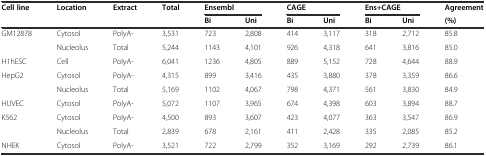
| Cell line | Location | Extract | Total | <COLSPAN=2> Ensembl | <COLSPAN=2> CAGE | <COLSPAN=2> Ens+CAGE | Agreement |
 |  |  |  |  | Bi | Uni | Bi | Uni | Bi | Uni | (%) |
 | --- | --- | --- | --- | --- | --- | --- | --- | --- | --- | --- |
 | GM12878 | Cytosol | PolyA- | 3,531 | 723 | 2,808 | 414 | 3,117 | 318 | 2,712 | 85.8 |
 |  | Nucleolus | Total | 5,244 | 1143 | 4,101 | 926 | 4,318 | 641 | 3,816 | 85.0 |
 | H1hESC | Cell | PolyA- | 6,041 | 1236 | 4,805 | 889 | 5,152 | 728 | 4,644 | 88.9 |
 | HepG2 | Cytosol | PolyA- | 4,315 | 899 | 3,416 | 435 | 3,880 | 378 | 3,359 | 86.6 |
 |  | Nucleolus | Total | 5,169 | 1102 | 4,067 | 798 | 4,371 | 561 | 3,830 | 84.9 |
 | HUVEC | Cytosol | PolyA- | 5,072 | 1107 | 3,965 | 674 | 4,398 | 603 | 3,894 | 88.7 |
 | K562 | Cytosol | PolyA- | 4,500 | 893 | 3,607 | 423 | 4,077 | 363 | 3,547 | 86.9 |
 |  | Nucleolus | Total | 2,839 | 678 | 2,161 | 411 | 2,428 | 335 | 2,085 | 85.2 |
 | NHEK | Cytosol | PolyA- | 3,521 | 722 | 2,799 | 352 | 3,169 | 292 | 2,739 | 86.1 |